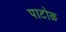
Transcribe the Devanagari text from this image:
पाटोळ